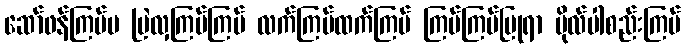
ဆော်ဖန်ကြပ်မ မြဲလှကြပ်ကြပ် လက်ကြပ်ထက်ကြပ် ကြပ်ကြပ်ပြုရာ ဗိုလ်ပါစည်းကြပ်